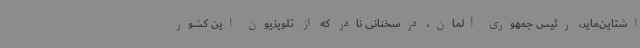
اشتاین‌مایر، رئیس جمهوری آلمان، درسخنانی نادر که از تلویزیون این کشور